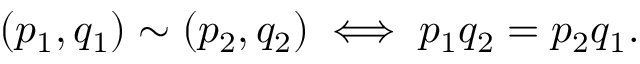
\left( p _ { 1 } , q _ { 1 } \right) \sim \left( p _ { 2 } , q _ { 2 } \right) \iff p _ { 1 } q _ { 2 } = p _ { 2 } q _ { 1 } .